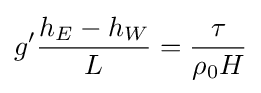
g'{\frac {h_{E}-h_{W}}{L}}={\frac {\tau }{\rho _{0}H}}